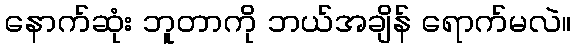
နောက်ဆုံး ဘူတာကို ဘယ်အချိန် ရောက်မလဲ။